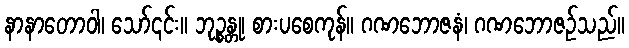
နာနာတောဝါ၊ သော်၎င်း။ ဘုဉ္စန္တု၊ စားပစေကုန်။ ဂဏဘောဇနံ၊ ဂဏဘောဇဉ်သည်။